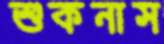
শুকনাস